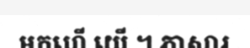
មកហើ យើ ។ ភាសារ